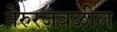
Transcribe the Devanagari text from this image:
नेरुरजवळील